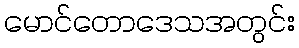
မောင်တောဒေသအတွင်း